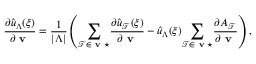
\frac { \partial \hat { u } _ { \Lambda } ( \boldsymbol { \xi } ) } { \partial \textbf { v } } = \frac { 1 } { | \Lambda | } \left( \underset { \mathcal { T } \in \textbf { v } \star } { \sum } \frac { \partial \hat { u } _ { \mathcal { T } } ( \boldsymbol { \xi } ) } { \partial \textbf { v } } - \hat { u } _ { \Lambda } ( \boldsymbol { \xi } ) \underset { \mathcal { T } \in \textbf { v } \star } { \sum } \frac { \partial A _ { \mathcal { T } } } { \partial \textbf { v } } \right) ,